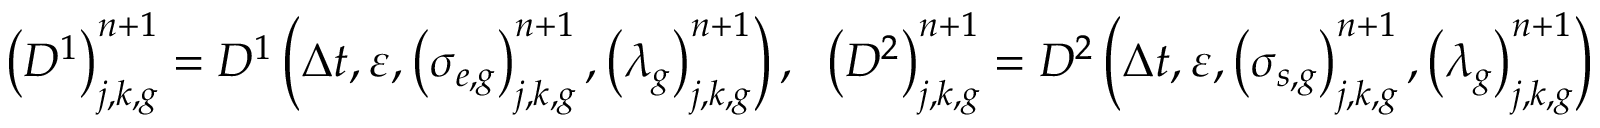
\left( D ^ { 1 } \right) _ { j , k , g } ^ { n + 1 } = D ^ { 1 } \left( \Delta t , \varepsilon , \left( \sigma _ { e , g } \right) _ { j , k , g } ^ { n + 1 } , \left( \lambda _ { g } \right) _ { j , k , g } ^ { n + 1 } \right) , \; \; \left( D ^ { 2 } \right) _ { j , k , g } ^ { n + 1 } = D ^ { 2 } \left( \Delta t , \varepsilon , \left( \sigma _ { s , g } \right) _ { j , k , g } ^ { n + 1 } , \left( \lambda _ { g } \right) _ { j , k , g } ^ { n + 1 } \right)